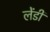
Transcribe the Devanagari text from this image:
लेंडीं